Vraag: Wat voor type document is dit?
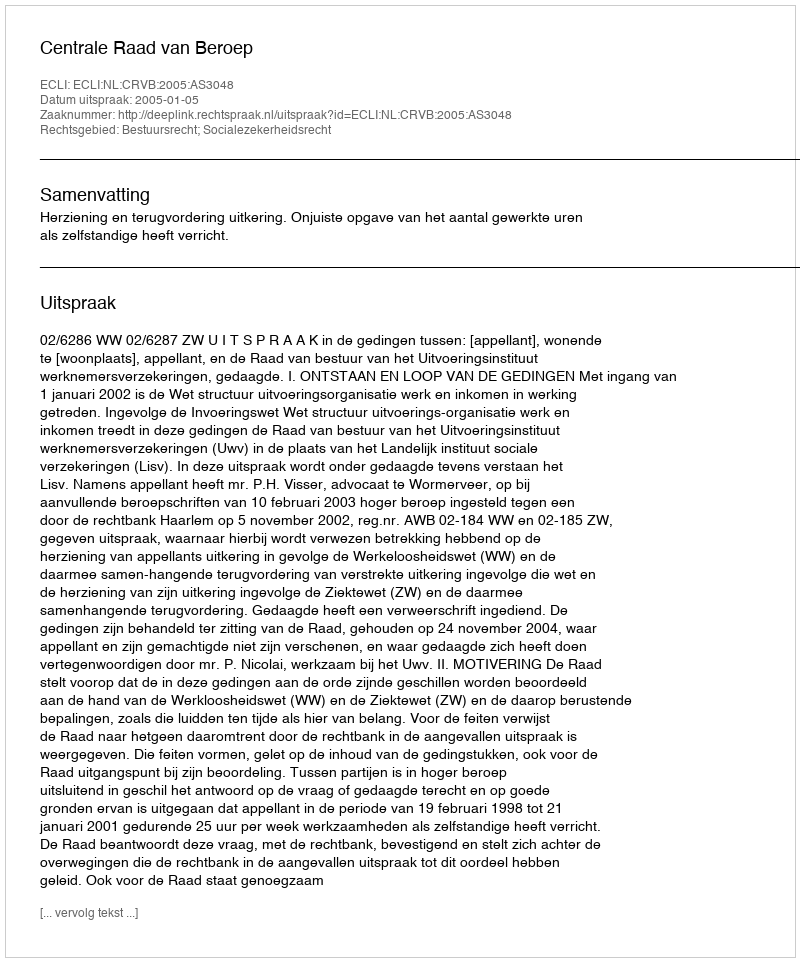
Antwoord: Uitspraak